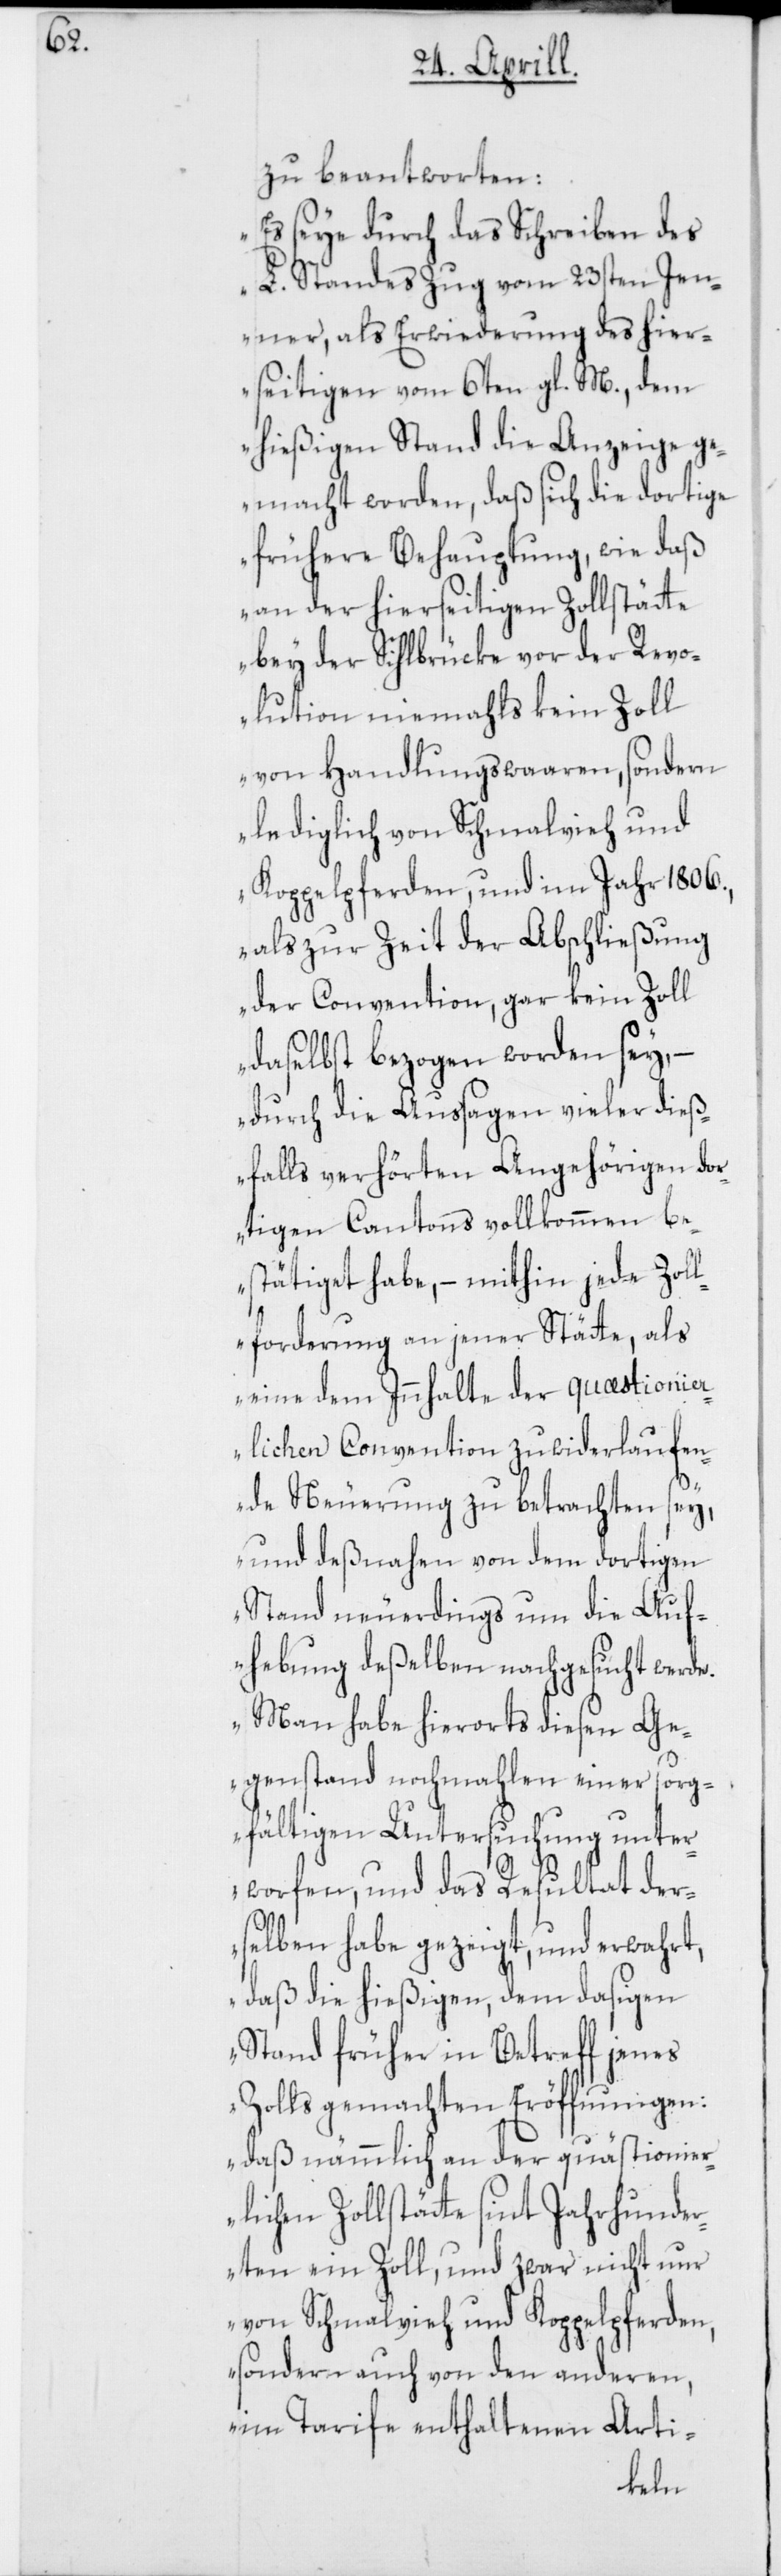
zu beantworten:
„Es seye durch das Schreiben des
L. Standes Zug vom 23sten Jen¬
ner, als Erwiederung des hier¬
seitigen vom 6ten gl.M., dem
hießigen Stand die Anzeige ge¬
macht worden, daß sich die dortige
frühere Behauptung, wie daß
an der hierseitigen Zollstätte
bey der Sihlbrücke vor der Revo¬
lution niemahls kein Zoll
von Handlungswaaren, sondern
lediglich von Schmahlvieh und
Koppelpferden, und im Jahr 1806.,
als zur Zeit der Abschließung
der Convention, gar kein Zoll
daselbst bezogen worden sey, –
durch die Aussagen vieler dieß¬
falls verhörten Angehörigen dor¬
tigen Cantons vollkommen be¬
stätiget habe, – mithin jede Zoll¬
forderung an jener Stätte, als
eine dem Innhalte der quaestioni¬
erlichen Convention zuwiderlaufen¬
de Neuerung zu betrachten sey,
und deßnahen von dem dortigen
Stand neuerdings um die Auf¬
hebung deßelben nachgesucht werde.
Man habe hierorts diesen Ge¬
genstand nochmahlen einer sorg¬
fältigen Untersuchung unter¬
worfen, und das Resultat der¬
selben habe gezeigt, und erwahrt,
daß die hießigen, dem dasigen
Stand früher in Betreff jenes
Zolls gemachten Eröffnungen:
daß nämmlich an der quästionier¬
lichen Zollstätte sint Jahrhunde¬
rten ein Zoll, und zwar nicht nur
von Schmahlvieh und Koppelpferden,
sondern auch von den anderen,
im Tarife enthaltenen Arti-